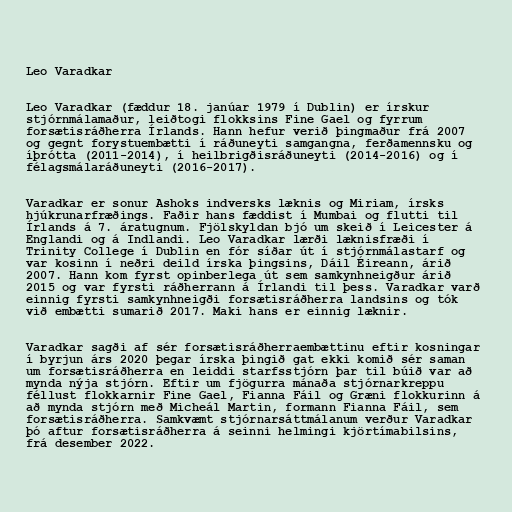
Leo Varadkar

Leo Varadkar (fæddur 18. janúar 1979 í Dublin) er írskur
stjórnmálamaður, leiðtogi flokksins Fine Gael og fyrrum
forsætisráðherra Írlands. Hann hefur verið þingmaður frá 2007
og gegnt forystuembætti í ráðuneyti samgangna, ferðamennsku og
íþrótta (2011-2014), í heilbrigðisráðuneyti (2014-2016) og í
félagsmálaráðuneyti (2016-2017).

Varadkar er sonur Ashoks indversks læknis og Miriam, írsks
hjúkrunarfræðings. Faðir hans fæddist í Mumbai og flutti til
Írlands á 7. áratugnum. Fjölskyldan bjó um skeið í Leicester á
Englandi og á Indlandi. Leo Varadkar lærði læknisfræði í
Trinity College í Dublin en fór síðar út í stjórnmálastarf og
var kosinn í neðri deild írska þingsins, Dáil Éireann, árið
2007. Hann kom fyrst opinberlega út sem samkynhneigður árið
2015 og var fyrsti ráðherrann á Írlandi til þess. Varadkar varð
einnig fyrsti samkynhneigði forsætisráðherra landsins og tók
við embætti sumarið 2017. Maki hans er einnig læknir.

Varadkar sagði af sér forsætisráðherraembættinu eftir kosningar
í byrjun árs 2020 þegar írska þingið gat ekki komið sér saman
um forsætisráðherra en leiddi starfsstjórn þar til búið var að
mynda nýja stjórn. Eftir um fjögurra mánaða stjórnarkreppu
féllust flokkarnir Fine Gael, Fianna Fáil og Græni flokkurinn á
að mynda stjórn með Micheál Martin, formann Fianna Fáil, sem
forsætisráðherra. Samkvæmt stjórnarsáttmálanum verður Varadkar
þó aftur forsætisráðherra á seinni helmingi kjörtímabilsins,
frá desember 2022.